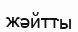
жәйтты